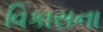
વિકાસના